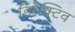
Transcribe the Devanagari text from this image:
डिरेक्टिव